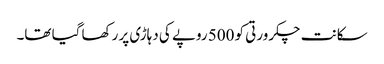
سکانت چکرورتی کو 500 روپے کی دہاڑی پر رکھا گیا تھا۔